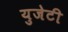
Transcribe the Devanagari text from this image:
युजेटी